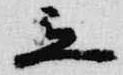
立